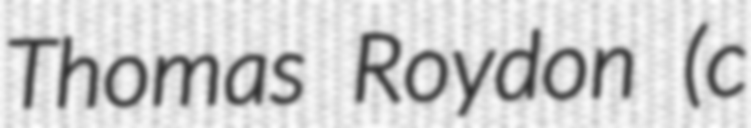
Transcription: Thomas Roydon (c